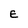
Character: E